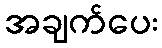
အချက်ပေး